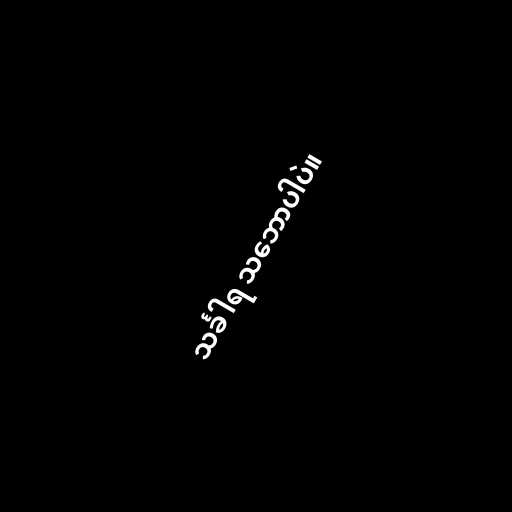
သင်္ခါရ သ‌ဘောပါပဲ။